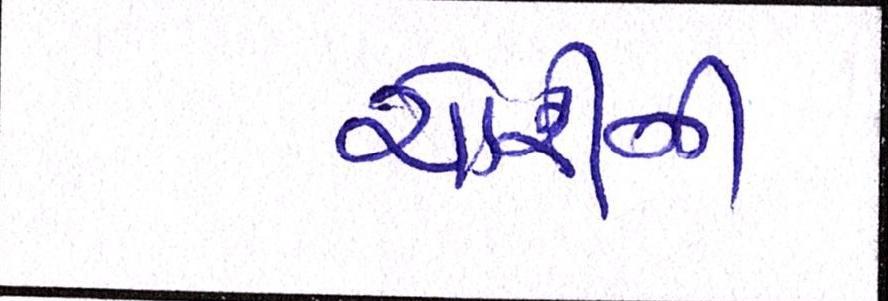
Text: ચોરીની